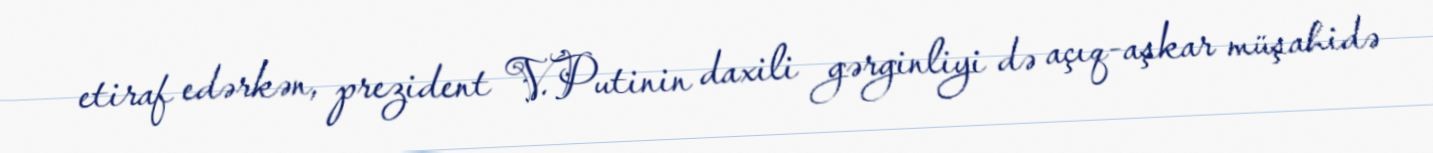
etiraf edərkən, prezident V.Putinin daxili gərginliyi də açıq-aşkar müşahidə